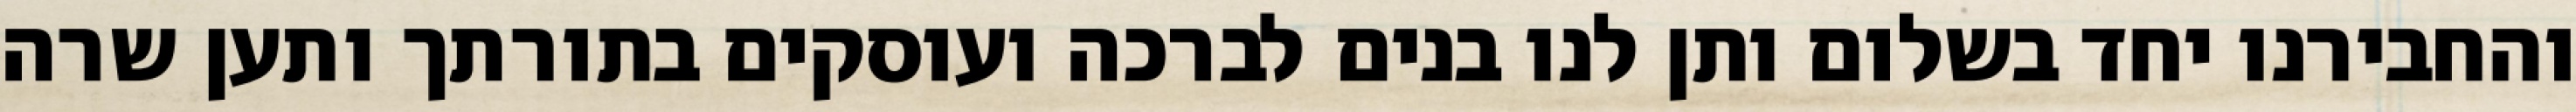
והחבירנו יחד בשלום ותן לנו בנים לברכה ועוסקים בתורתך ותען שרה